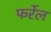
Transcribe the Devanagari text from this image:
फर्रेल